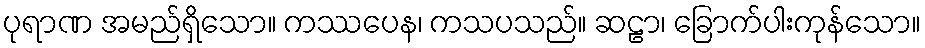
ပုရာဏ အမည်ရှိသော။ ကဿပေန၊ ကသပသည်။ ဆဠာ၊ ခြောက်ပါးကုန်သော။